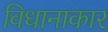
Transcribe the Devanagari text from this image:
विधानाकार